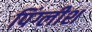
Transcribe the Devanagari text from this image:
पिंग्लीश